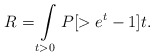
\begin{align*}R=\int\limits_{t>0}P[>e^t-1]t.\end{align*}